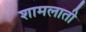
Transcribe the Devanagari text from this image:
शामलाती